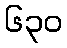
၆၃၀